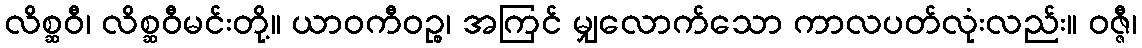
လိစ္ဆဝီ၊ လိစ္ဆဝီမင်းတို့။ ယာဝကီဝဉ္စ၊ အကြင် မျှလောက်သော ကာလပတ်လုံးလည်း။ ဝဇ္ဇီ၊